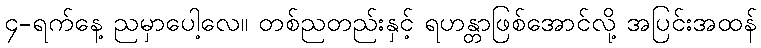
၄-ရက်နေ့ ညမှာပေါ့လေ။ တစ်ညတည်းနှင့် ရဟန္တာဖြစ်အောင်လို့ အပြင်းအထန်